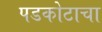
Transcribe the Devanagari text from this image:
पडकोटाचा